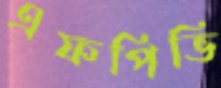
এফপিভি